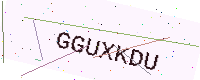
Text: GGUXKDU